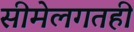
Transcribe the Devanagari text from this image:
सीमेलगतही